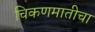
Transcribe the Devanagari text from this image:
चिकणमातीचा